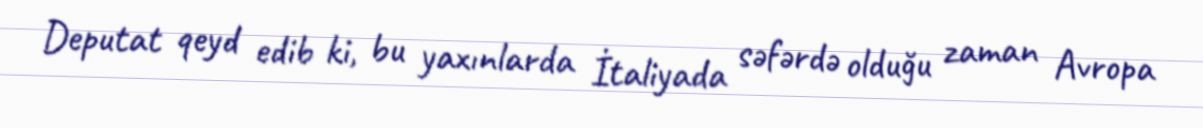
Deputat qeyd edib ki, bu yaxınlarda İtaliyada səfərdə olduğu zaman Avropa